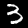
Label: 3